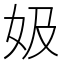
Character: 㚫